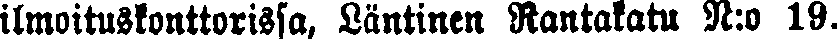
itmoituskonttorissa, Läntinen Rantakatu N:o 19.